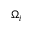
\Omega _ { i }